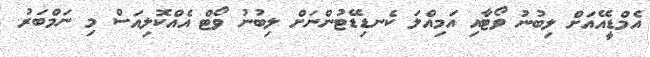
އެމްޑީއޭއަށް ލިބުނު ވޯޓާއި އަމިއްލަ ކެނޑިޑޭޓުންނަށް ލިބުނު ވޯޓް އެއްކޮލިއަސް މި ނަމްބަރު